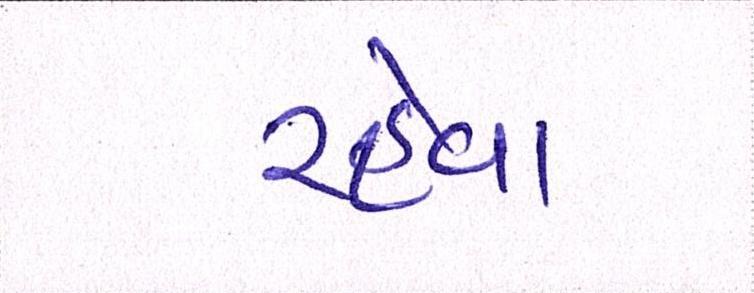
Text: રહેવા